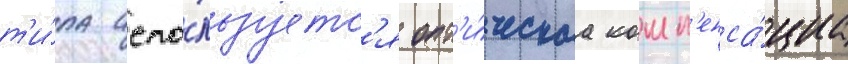
т'и́па испо́льзуетс'я опт'и́ческаа комп'енса́циа